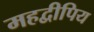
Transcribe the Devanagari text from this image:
महद्वीपिय